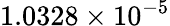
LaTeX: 1.0328\times 10^{-5}